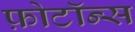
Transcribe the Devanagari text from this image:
फ़ोटॉन्स